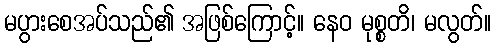
မပွားစေအပ်သည်၏ အဖြစ်ကြောင့်။ နေဝ မုစ္စတိ၊ မလွတ်။